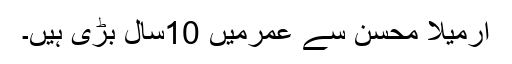
ارمیلا محسن سے عمرمیں 10سال بڑی ہیں۔